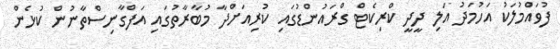
ފުވައްމުލަކު އަހުމަދު އަލި ދީދީ ކްރިކެޓް ގްރައުންޑުގައި ކުރިއަށްދާ މުބާރާތުގައި އަފްގާނިސްތާނުން ކުޅެން